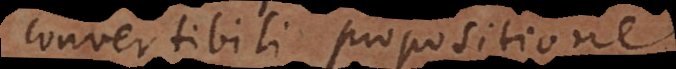
convertibili propositione